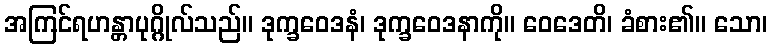
အကြင်ရဟန္တာပုဂ္ဂိုလ်သည်။ ဒုက္ခဝေဒနံ၊ ဒုက္ခဝေဒနာကို။ ဝေဒေတိ၊ ခံစား၏။ သော၊